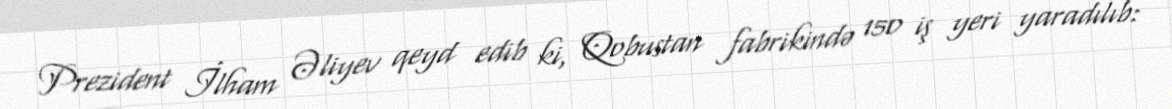
Prezident İlham Əliyev qeyd edib ki, Qobustan fabrikində 150 iş yeri yaradılıb: